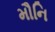
મૌનિ